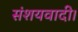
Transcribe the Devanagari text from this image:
संशयवादी।